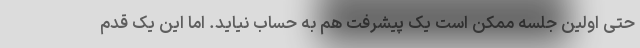
حتی اولین جلسه ممکن است یک پیشرفت هم به حساب نیاید. اما این یک قدم